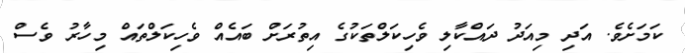
ކަމަށެވެ. އަދި މިއަދު ދައްކާލި ވެހިކަލްތަކުގެ އިތުރަށް ބައެއް ވެހިކަލްތައް މިހާރު ވެސް